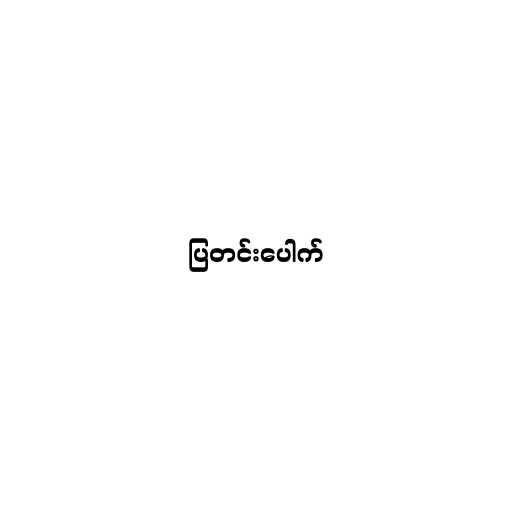
ပြတင်းပေါက်